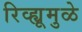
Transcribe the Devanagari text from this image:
रिव्ह्यूमुळे